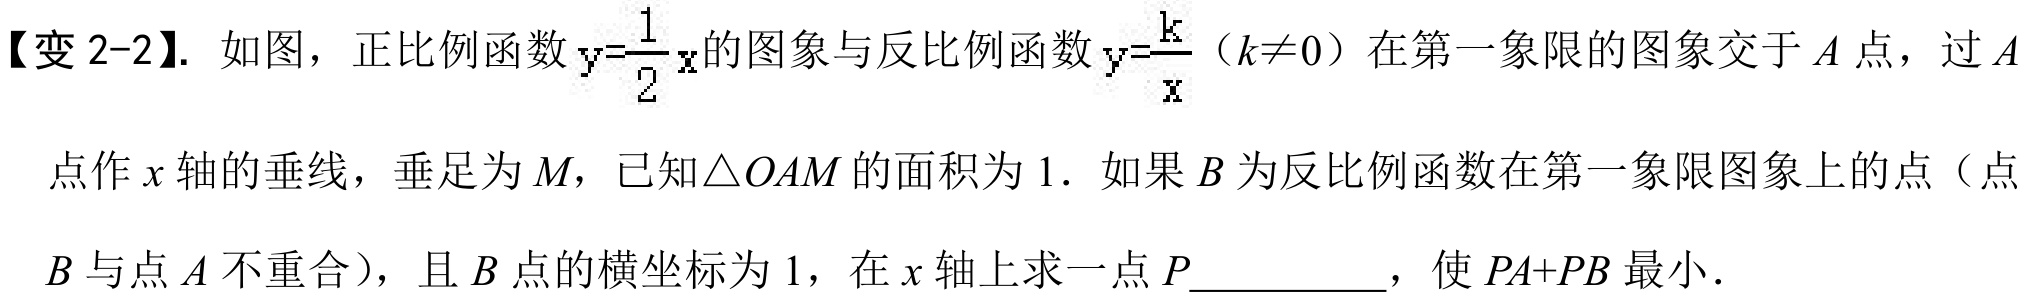
【变 2-2】. 如图，正比例函数 \(y = \frac{1}{2}x\) 的图象与反比例函数 \(y = \frac{k}{x}\)（\(k\neq0\)）在第一象限的图象交于 \(A\) 点，过 \(A\)
点作 \(x\) 轴的垂线，垂足为 \(M\)，已知\(\triangle OAM\) 的面积为 \(1\)．如果 \(B\) 为反比例函数在第一象限图象上的点（点
\(B\) 与点 \(A\) 不重合），且 \(B\) 点的横坐标为 \(1\)，在 \(x\) 轴上求一点 \(P\underline{\quad\quad}\)，使 \(PA + PB\) 最小．